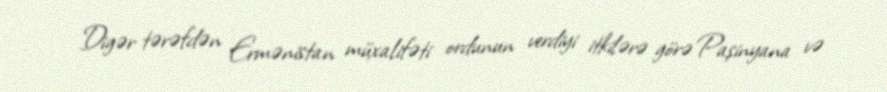
Digər tərəfdən Ermənistan müxalifəti ordunun verdiyi itkilərə görə Paşinyana və